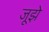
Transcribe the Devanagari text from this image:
जूझे